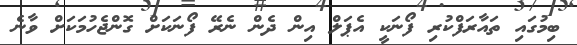
ބިމުގައި ތައާރަފްކުރި ފޯނަކީ އެޕަލް އިން ދެން ނެރޭ ފޯނަކަށް ގޮންޖެހުމަކަށް ވާނެ